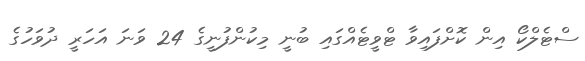
ސްޓެލްކޯ އިން ކޮށްފައިވާ ޓްވީޓެއްގައި ބުނީ މިކުންފުނީގެ 24 ވަނަ އަހަރީ ދުވަހުގެ